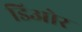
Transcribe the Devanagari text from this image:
डिओर